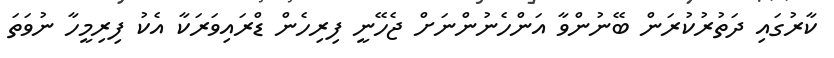
ކާރުގައި ދަތުރުކުރަން ބޭނުންވާ އަންހެނުންނަށް ޖެހޭނީ ފިރިހެން ޑްރައިވަރަކާ އެކު ފިރިމީހާ ނުވަތަ